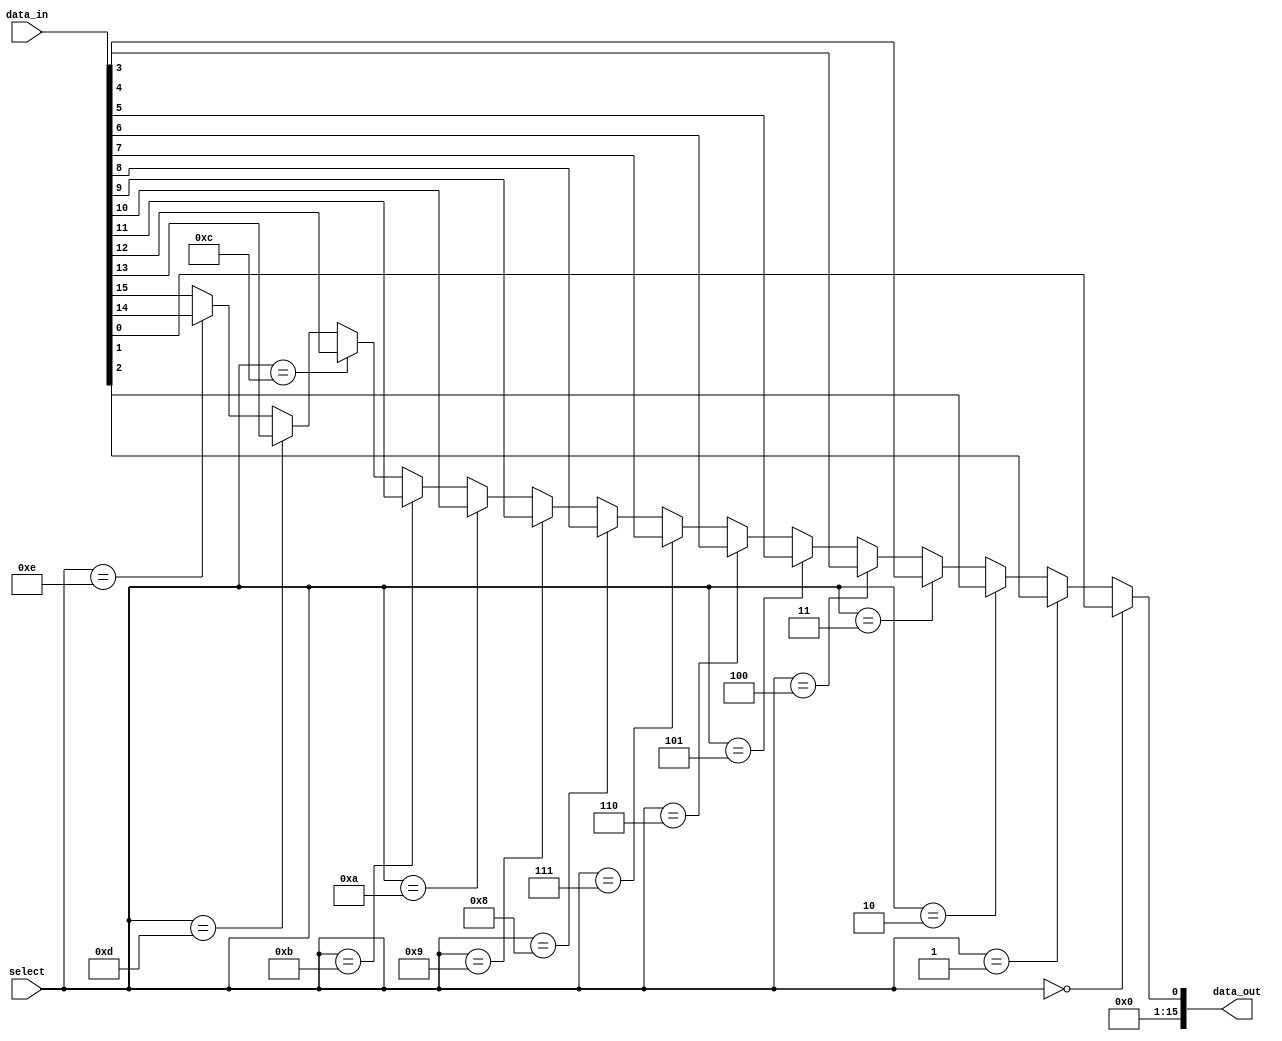
module demux (
    input wire [15:0] data_in,
    input wire [3:0] select,
    output wire [15:0] data_out
);

assign data_out = (select == 4'b0000) ? data_in[0] :
                 (select == 4'b0001) ? data_in[1] :
                 (select == 4'b0010) ? data_in[2] :
                 (select == 4'b0011) ? data_in[3] :
                 (select == 4'b0100) ? data_in[4] :
                 (select == 4'b0101) ? data_in[5] :
                 (select == 4'b0110) ? data_in[6] :
                 (select == 4'b0111) ? data_in[7] :
                 (select == 4'b1000) ? data_in[8] :
                 (select == 4'b1001) ? data_in[9] :
                 (select == 4'b1010) ? data_in[10] :
                 (select == 4'b1011) ? data_in[11] :
                 (select == 4'b1100) ? data_in[12] :
                 (select == 4'b1101) ? data_in[13] :
                 (select == 4'b1110) ? data_in[14] :
                 data_in[15];

endmodule